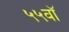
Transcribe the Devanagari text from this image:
५५वॉ